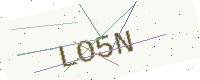
Text: LO5N